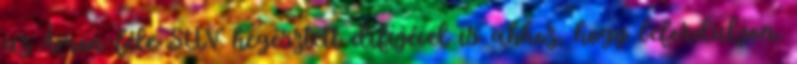
az Ámon-féle SUV hegesztett difijével is ahhoz, hogy beforduljon,